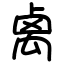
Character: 禼